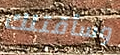
وسأقتلك